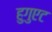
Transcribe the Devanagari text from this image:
हुगुएट